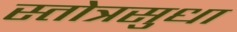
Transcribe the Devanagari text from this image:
स्तोत्रसुधा